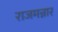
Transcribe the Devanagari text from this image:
राजमन्नार